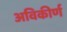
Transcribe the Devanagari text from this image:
अविकीर्ण